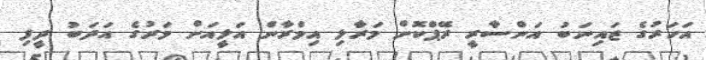
އަހަރުގެ ޒައިނަބު އަންސާރީ ރޭޕްކޮށް މަރާލި އިމްރާން އަލީއަށް މަރުގެ އަދަބު ދީފި